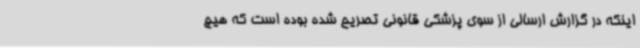
اینکه در گزارش ارسالی از سوی پزشکی قانونی تصریح شده بوده است که هیچ